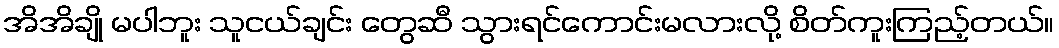
အိအိချို မပါဘူး သူငယ်ချင်း တွေဆီ သွားရင်ကောင်းမလားလို့ စိတ်ကူးကြည့်တယ်။